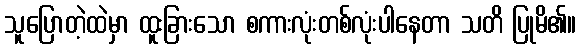
သူပြောတဲ့ထဲမှာ ထူးခြားသော စကားလုံးတစ်လုံးပါနေတာ သတိ ပြုမိ၏။